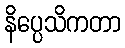
နိပ္ပေသိကတာ